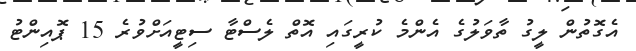
އެގޮތުން ލީގު ތާވަލުގެ އެންމެ ކުރީގައި އޮތް ލެސްޓާ ސިޓީއަށްވުރެ 15 ޕޮއިންޓު